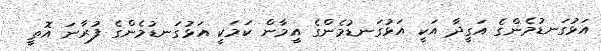
އަޅުގަނޑުމެންގެ އަގީދާ އަކީ އަޅުގަނޑުމެންގެ އީމާން ކަމަކީ އަޅުގަނޑުމެންގެ ފުރާނަ އޮތީ